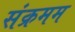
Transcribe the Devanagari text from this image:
संक्रमम